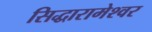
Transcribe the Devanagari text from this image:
सिद्धारामेश्वर